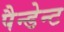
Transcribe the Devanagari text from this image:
पैन्डेन्ट